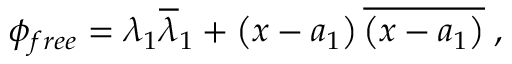
\phi _ { f r e e } = \lambda _ { 1 } \overline { { { \lambda } } } _ { 1 } + \left( x - a _ { 1 } \right) \overline { { { \left( x - a _ { 1 } \right) } } } \; ,